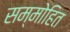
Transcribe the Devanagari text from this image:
सम्‍मोहित